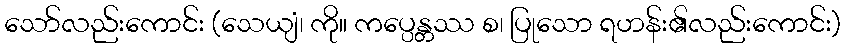
သော်လည်းကောင်း (သေယျံ၊ ကို။ ကပ္ပေန္တဿ စ၊ ပြုသော ရဟန်း၏လည်းကောင်း)